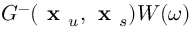
G ^ { - } ( \textbf { x } _ { u } , \textbf { x } _ { s } ) W ( \omega )